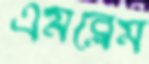
এমব্লেম